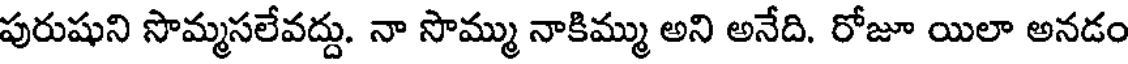
పురుషుని సొమ్మసలేవద్దు. నా సొమ్ము నాకిమ్ము అని అనేది. రోజూ యిలా అనడం